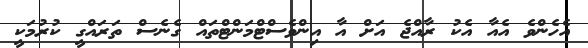
އެހެންވެ އެއާ އެކު ރާއްޖެ އަށް އާ އިންވެސްޓްމަންޓްތައް ގެނެސް ތަރައްގީ ކުރުމަކީ